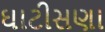
ઘાટીસણા